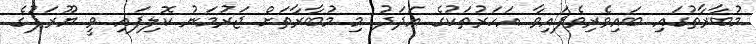
މުބާރާތުގައި ބައިވެރިވެފައިވާ އަހަރުތަކުގެ އަދަދު މި މުބާރާތަށް ޖަރުމަނު ކޮލިފައި ވީ ޔޫރަޕުގެ